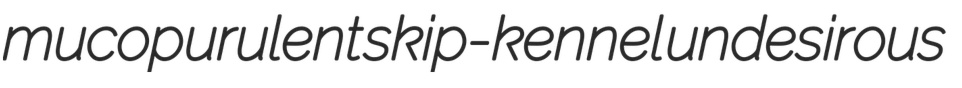
mucopurulent skip-kennel undesirous